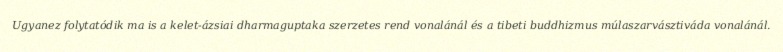
Ugyanez folytatódik ma is a kelet-ázsiai dharmaguptaka szerzetes rend vonalánál és a tibeti buddhizmus múlaszarvásztiváda vonalánál.